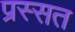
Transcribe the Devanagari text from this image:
प्रस्सत